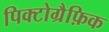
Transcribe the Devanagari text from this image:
पिक्टोग्रैफ़िक